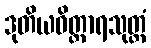
ဒုတိယဝိတ္ထာရသုတ္တံ